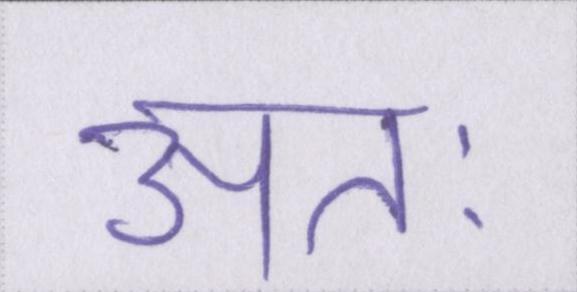
अतः